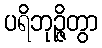
ပရိဘုဉ္ဇိတွာ